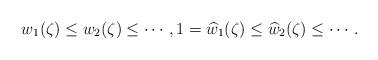
LaTeX: \begin{align*} w_{1}(\zeta)\leq w_{2}(\zeta)\leq \cdots, 1=\widehat{w}_{1}(\zeta)\leq \widehat{w}_{2}(\zeta)\leq \cdots.\end{align*}